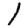
Digit: 1